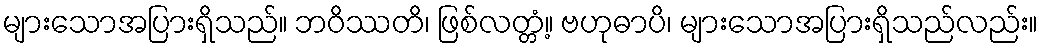
များသောအပြားရှိသည်။ ဘဝိဿတိ၊ ဖြစ်လတ္တံ့။ ဗဟုဓာပိ၊ များသောအပြားရှိသည်လည်း။